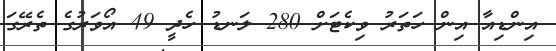
އިންޑިއާ އިން ހަތަރު ވިކެޓަށް 280 ލަނޑު ހެދީ 49 އޯވަރުގެ ތެރޭގަ